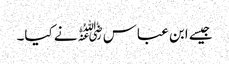
جیسے ابن عباس﷜نے کیا۔